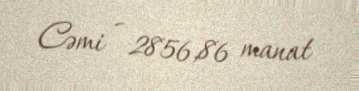
Cəmi - 2856,86 manat